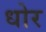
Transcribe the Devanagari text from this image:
धोर